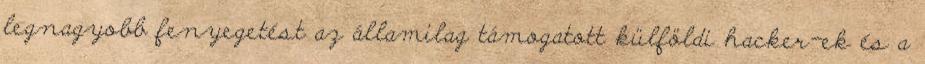
legnagyobb fenyegetést az államilag támogatott külföldi hacker-ek és a